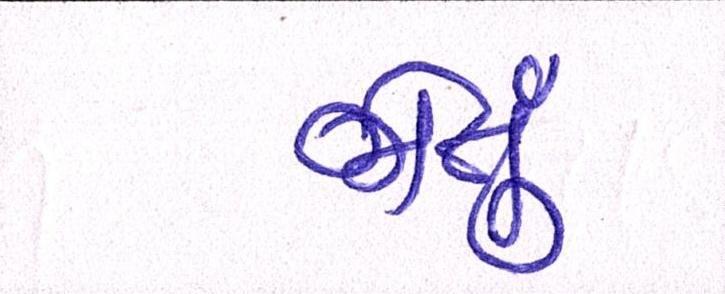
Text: જોતું